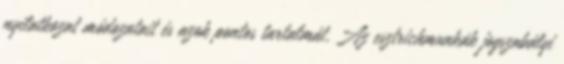
nyilatkozat módozatait és azok pontos tartalmát. Az esztrichmunkák jogszabályi